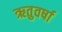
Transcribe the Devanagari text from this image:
ऋतुवर्षा